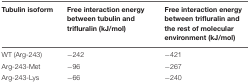
| Tubulin isoform | Free interaction energy between tubulin and trifluralin (kJ/mol) | Free interaction energy between trifluralin and the rest of molecular environment (kJ/mol) |
 | --- | --- | --- |
 | WT (Arg-243) | –242 | –421 |
 | Arg-243-Met | –96 | –267 |
 | Arg-243-Lys | –66 | –240 |